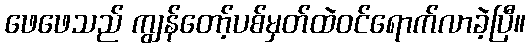
ဖေဖေသည် ကျွန်တော့်ပစ်မှတ်ထဲဝင်ရောက်လာခဲ့ပြီ။